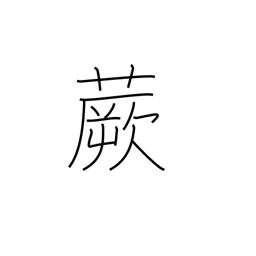
Meaning: fernbrake